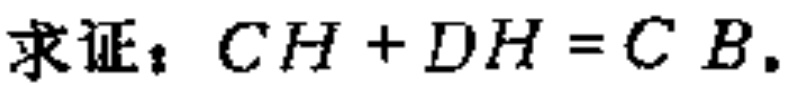
求证：\(CH + DH = CB\)。